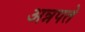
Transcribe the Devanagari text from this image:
अन्नपते